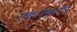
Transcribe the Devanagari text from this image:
एच०एम०एच